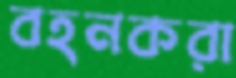
বহনকরা